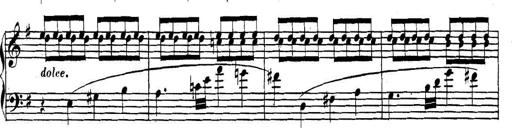
Title: Collected Piano Sonatas
Composer: Muzio Clementi